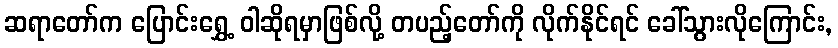
ဆရာတော်က ပြောင်းရွှေ့ ဝါဆိုရမှာဖြစ်လို့ တပည့်တော်ကို လိုက်နိုင်ရင် ခေါ်သွားလိုကြောင်း,